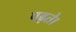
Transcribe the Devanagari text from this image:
पढ़ते।